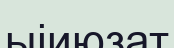
ыіиюзат